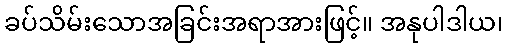
ခပ်သိမ်းသောအခြင်းအရာအားဖြင့်။ အနုပါဒါယ၊